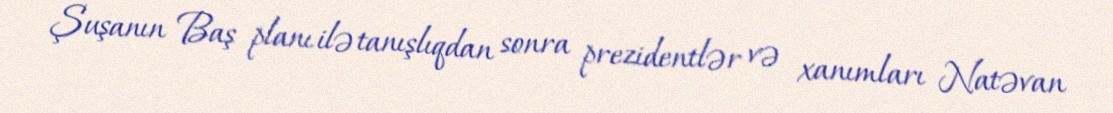
Şuşanın Baş planı ilə tanışlıqdan sonra prezidentlər və xanımları Natəvan